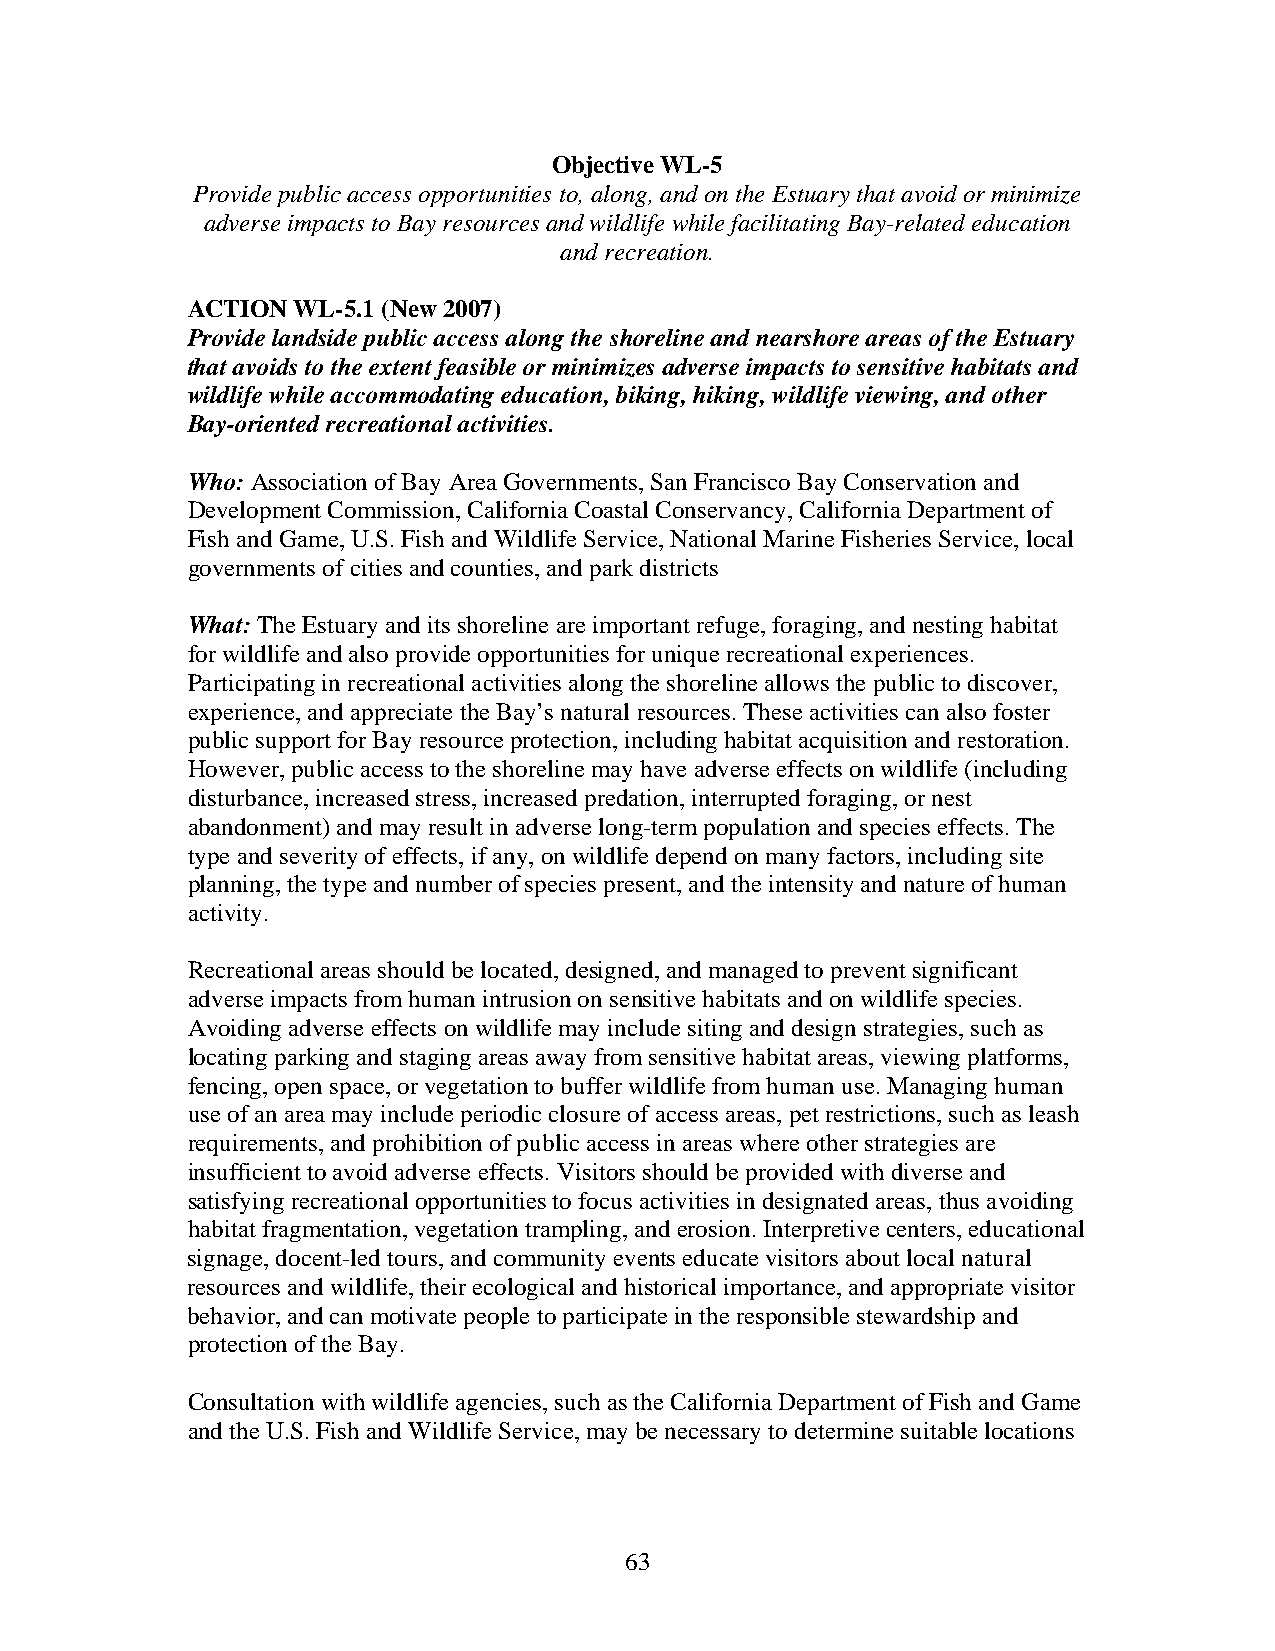
Objective WL-5
 Provide public access opportunities to, along, and on the Estuary that avoid or minimize
 adverse impacts to Bay resources and wildlife while facilitating Bay-related education
 and recreation.
 ACTION WL-5.1 (New 2007)
 Provide landside public access along the shoreline and nearshore areas of the Estuary
 that avoids to the extent feasible or minimizes adverse impacts to sensitive habitats and
 wildlife while accommodating education, biking, hiking, wildlife viewing, and other
 Bay-oriented recreational activities.
 Who: Association of Bay Area Governments, San Francisco Bay Conservation and
 Development Commission, California Coastal Conservancy, California Department of
 Fish and Game, U.S. Fish and Wildlife Service, National Marine Fisheries Service, local
 governments of cities and counties, and park districts
 What: The Estuary and its shoreline are important refuge, foraging, and nesting habitat
 for wildlife and also provide opportunities for unique recreational experiences.
 Participating in recreational activities along the shoreline allows the public to discover,
 experience, and appreciate the Bay’s natural resources. These activities can also foster
 public support for Bay resource protection, including habitat acquisition and restoration.
 However, public access to the shoreline may have adverse effects on wildlife (including
 disturbance, increased stress, increased predation, interrupted foraging, or nest
 abandonment) and may result in adverse long-term population and species effects. The
 type and severity of effects, if any, on wildlife depend on many factors, including site
 planning, the type and number of species present, and the intensity and nature of human
 activity.
 Recreational areas should be located, designed, and managed to prevent significant
 adverse impacts from human intrusion on sensitive habitats and on wildlife species.
 Avoiding adverse effects on wildlife may include siting and design strategies, such as
 locating parking and staging areas away from sensitive habitat areas, viewing platforms,
 fencing, open space, or vegetation to buffer wildlife from human use. Managing human
 use of an area may include periodic closure of access areas, pet restrictions, such as leash
 requirements, and prohibition of public access in areas where other strategies are
 insufficient to avoid adverse effects. Visitors should be provided with diverse and
 satisfying recreational opportunities to focus activities in designated areas, thus avoiding
 habitat fragmentation, vegetation trampling, and erosion. Interpretive centers, educational
 signage, docent-led tours, and community events educate visitors about local natural
 resources and wildlife, their ecological and historical importance, and appropriate visitor
 behavior, and can motivate people to participate in the responsible stewardship and
 protection of the Bay.
 Consultation with wildlife agencies, such as the California Department of Fish and Game
 and the U.S. Fish and Wildlife Service, may be necessary to determine suitable locations
 63